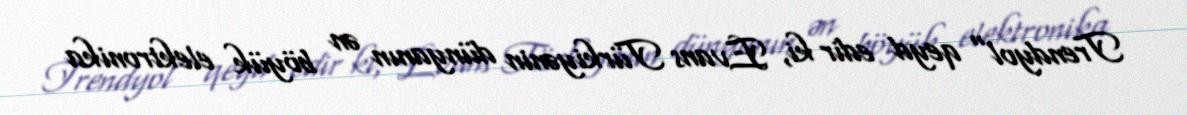
Trendyol" qeyd edir ki, Evans Türkiyənin dünyanın ən böyük elektronika